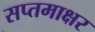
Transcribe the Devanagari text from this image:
सप्तमाक्षर